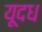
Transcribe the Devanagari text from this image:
यूदध